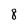
Character: 8